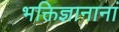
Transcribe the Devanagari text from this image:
भक्तिज्ञानानां